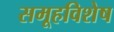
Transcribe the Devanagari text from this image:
समूहविशेष